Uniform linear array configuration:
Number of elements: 12
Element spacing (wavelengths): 1
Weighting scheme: binomial
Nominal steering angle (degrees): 30
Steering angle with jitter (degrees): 28.525
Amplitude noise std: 0.05
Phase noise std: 0.05

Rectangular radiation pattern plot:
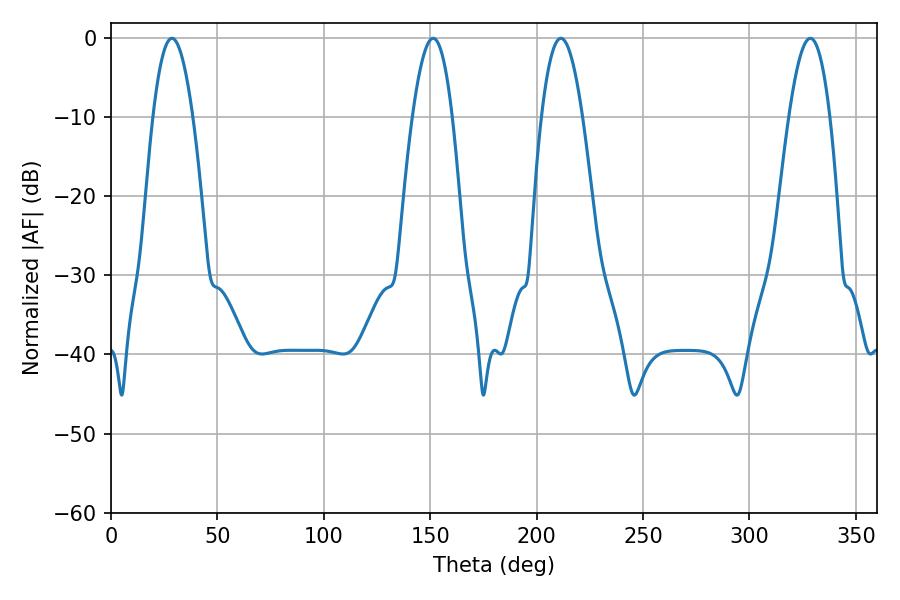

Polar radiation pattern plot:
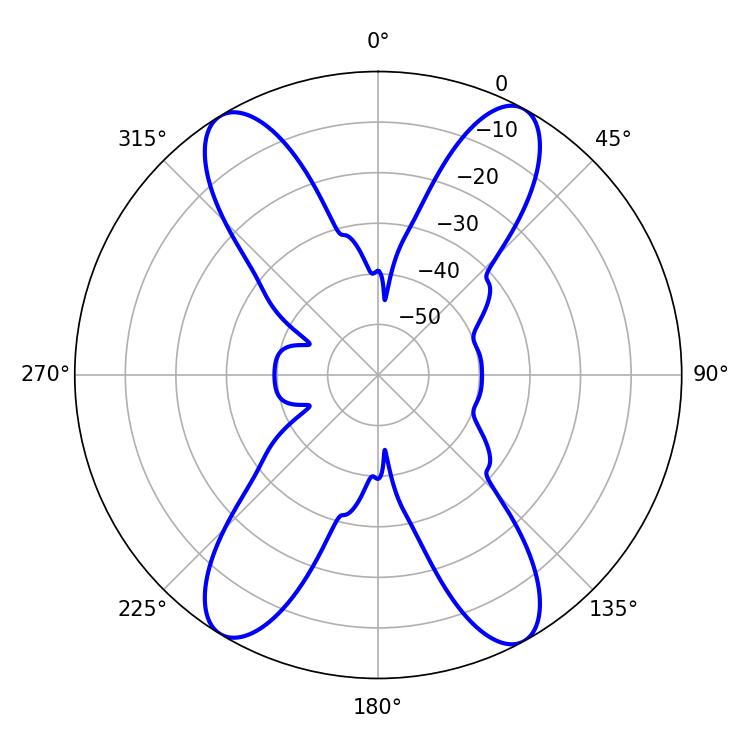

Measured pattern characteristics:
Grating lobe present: TRUE
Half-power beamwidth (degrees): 10.26
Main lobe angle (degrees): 28.62